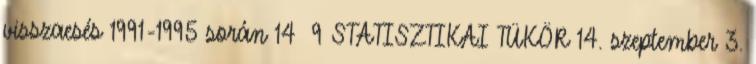
visszaesés 1991-1995 során 14 9 STATISZTIKAI TÜKÖR 14. szeptember 3.